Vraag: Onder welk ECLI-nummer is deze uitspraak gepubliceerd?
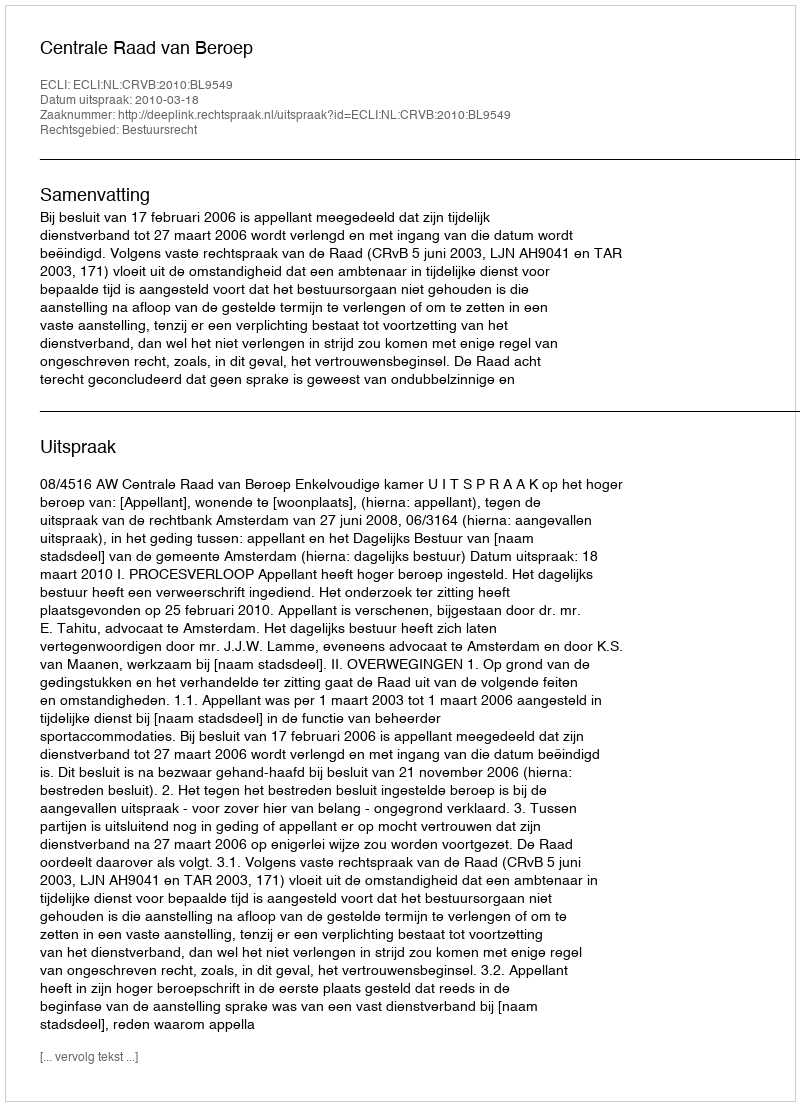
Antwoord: ECLI:NL:CRVB:2010:BL9549